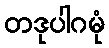
တဒုပါဂမုံ